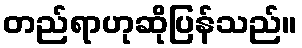
တည်ရာဟုဆိုပြန်သည်။